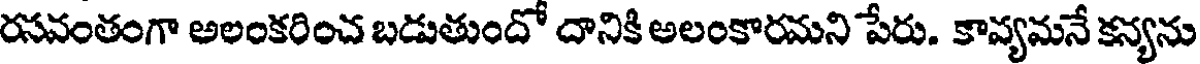
రసవంతంగా అలంకరించ బడుతుందో దానికి అలంకారమని పేరు. కావ్యమనే కన్యను